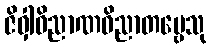
ဇိဝှါဝိညာဏဝိညာတဗ္ဗေသု